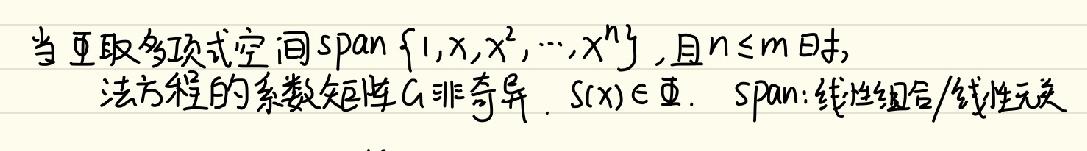
当 $\Phi$ 取多项式空间 $\mathrm{span}\{1, x, x^{2}, \cdots, x^{n}\}$，且 $n \leq m$ 时，法方程的系数矩阵 $G$ 非奇异. $S(x) \in \Phi$. $\mathrm{span}$: 线性组合/线性无关